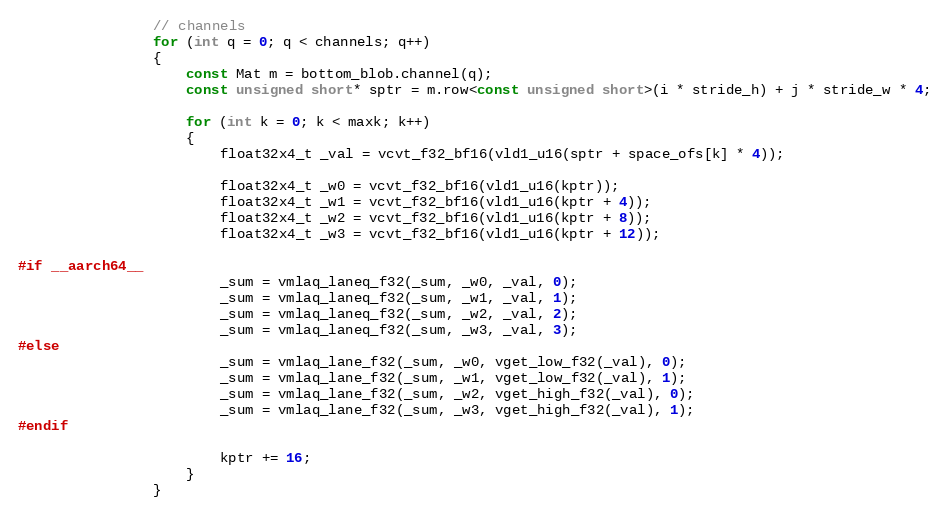
Language: C
                // channels
                for (int q = 0; q < channels; q++)
                {
                    const Mat m = bottom_blob.channel(q);
                    const unsigned short* sptr = m.row<const unsigned short>(i * stride_h) + j * stride_w * 4;

                    for (int k = 0; k < maxk; k++)
                    {
                        float32x4_t _val = vcvt_f32_bf16(vld1_u16(sptr + space_ofs[k] * 4));

                        float32x4_t _w0 = vcvt_f32_bf16(vld1_u16(kptr));
                        float32x4_t _w1 = vcvt_f32_bf16(vld1_u16(kptr + 4));
                        float32x4_t _w2 = vcvt_f32_bf16(vld1_u16(kptr + 8));
                        float32x4_t _w3 = vcvt_f32_bf16(vld1_u16(kptr + 12));

#if __aarch64__
                        _sum = vmlaq_laneq_f32(_sum, _w0, _val, 0);
                        _sum = vmlaq_laneq_f32(_sum, _w1, _val, 1);
                        _sum = vmlaq_laneq_f32(_sum, _w2, _val, 2);
                        _sum = vmlaq_laneq_f32(_sum, _w3, _val, 3);
#else
                        _sum = vmlaq_lane_f32(_sum, _w0, vget_low_f32(_val), 0);
                        _sum = vmlaq_lane_f32(_sum, _w1, vget_low_f32(_val), 1);
                        _sum = vmlaq_lane_f32(_sum, _w2, vget_high_f32(_val), 0);
                        _sum = vmlaq_lane_f32(_sum, _w3, vget_high_f32(_val), 1);
#endif

                        kptr += 16;
                    }
                }